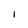
Character: I